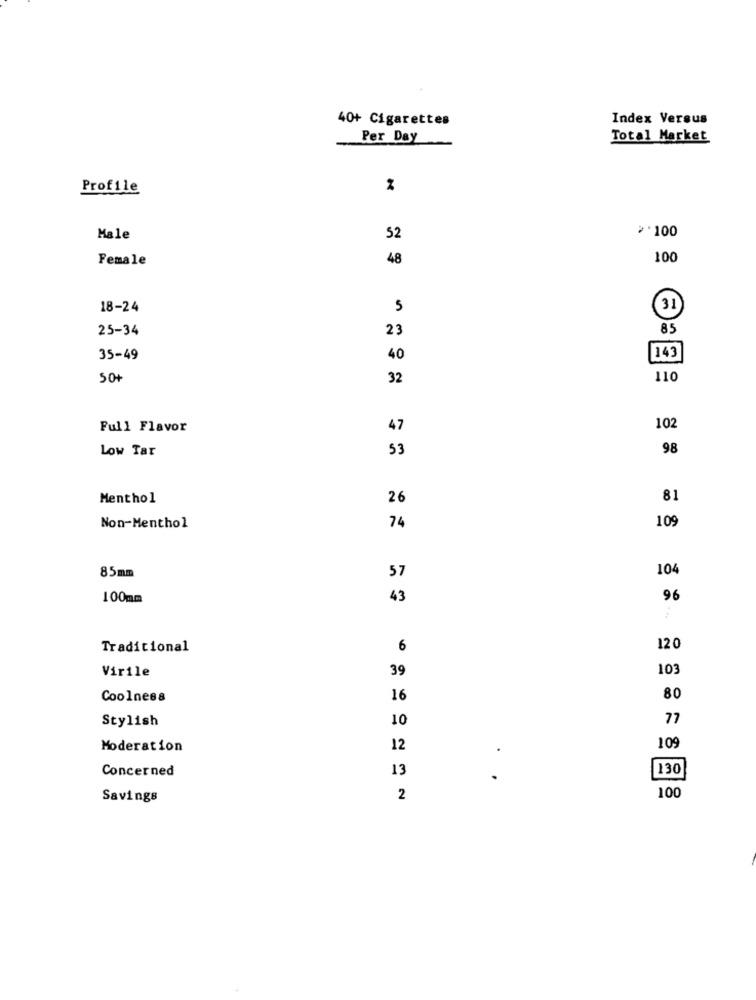
40+ Cigarettes
Index Versus
Per Day
Total Market
Profile
** 100
Male
52
Female
48
100
18-24
5
31
25-34
23
85
35-49
40
143
50+
32
110
Full Flavor
47
102
Low Tar
53
98
Menthol
26
81
109
Non-Menthol
74
85mm
104
57
100mm
43
96
Traditional
6
120
Virile
39
103
Coolness
16
80
Stylish
10
77
Moderation
12
109
Concerned
13
130
Savings
2
100